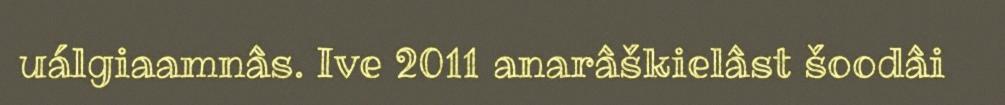
uálgiaamnâs. Ive 2011 anarâškielâst šoodâi